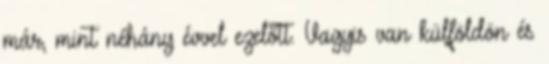
már, mint néhány évvel ezelőtt. Vagyis van külföldön és